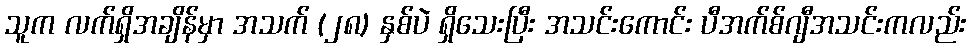
သူက လက်ရှိအချိန်မှာ အသက် (၂၈) နှစ်ပဲ ရှိသေးပြီး အသင်းကောင်း ပီအက်စ်ဂျီအသင်းကလည်း